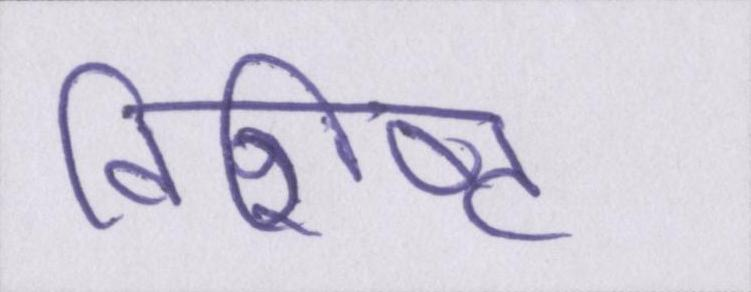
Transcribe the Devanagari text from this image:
विशिष्ट